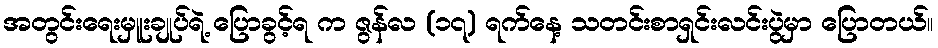
အတွင်းရေးမှူးချုပ်ရဲ့ ပြောခွင့်ရ က ဇွန်လ (၁၇) ရက်နေ့ သတင်းစာရှင်းလင်းပွဲမှာ ပြောတယ်။